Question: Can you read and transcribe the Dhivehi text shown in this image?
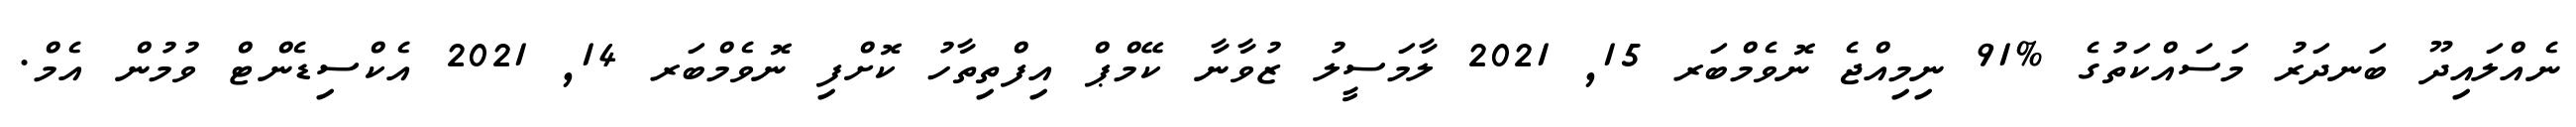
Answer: ނެއްލައިދޫ ބަނދަރު މަސައްކަތުގެ %91 ނިމިއްޖެ ނޮވެމްބަރ 15, 2021 ލާމަސީލު ޒުވާނާ ކޭމްޕް އިފްތިތާހު ކޮށްފި ނޮވެމްބަރ 14, 2021 އެކްސިޑެންޓް ވުމުން އެމް.